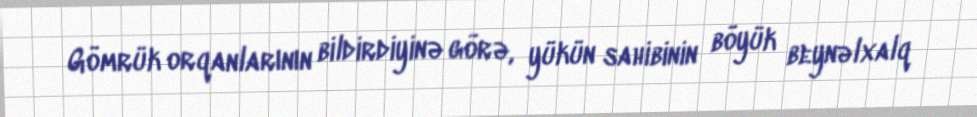
Gömrük orqanlarının bildirdiyinə görə, yükün sahibinin böyük beynəlxalq